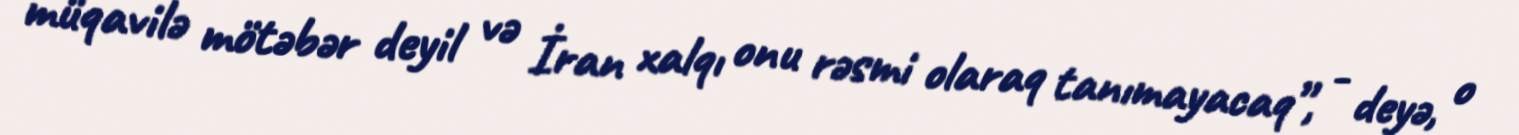
müqavilə mötəbər deyil və İran xalqı onu rəsmi olaraq tanımayacaq”, - deyə, o